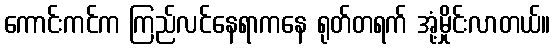
ကောင်းကင်က ကြည်လင်နေရာကနေ ရုတ်တရက် အုံ့မှိုင်းလာတယ်။